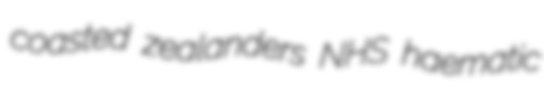
coasted zealanders NHS haematic